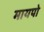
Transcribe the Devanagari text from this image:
मायपो